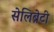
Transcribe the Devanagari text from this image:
सेलिब्रेटी